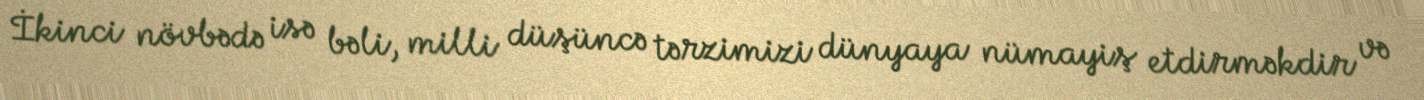
İkinci növbədə isə bəli, milli düşüncə tərzimizi dünyaya nümayiş etdirməkdir və